Report of the Indian Hemp Drugs Commission, 1894-1895 - Volume VII
Year: 1894
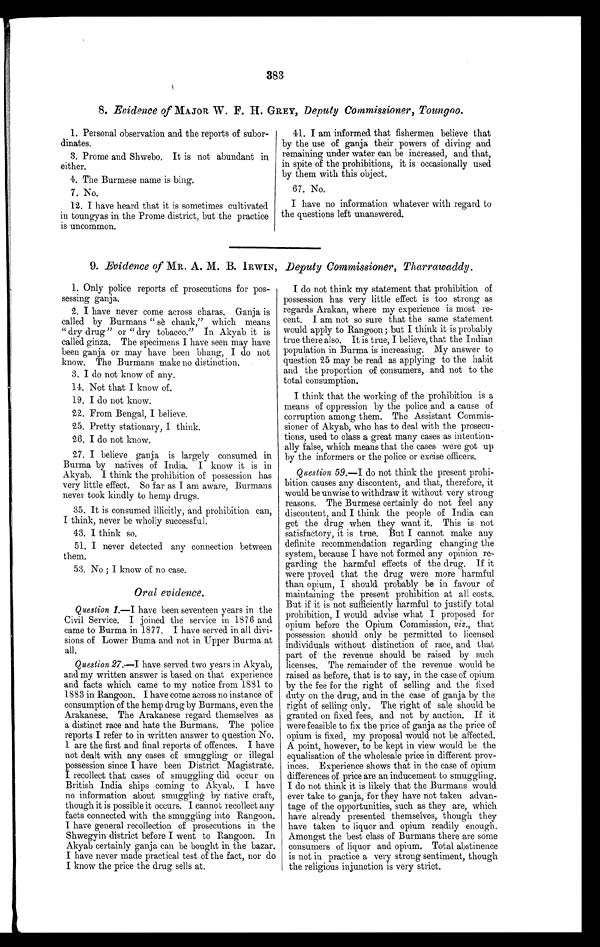
383
8. Evidence of MAJOR W. F. H. GREY, Deputy Commissioner, Toungoo.
1. Personal observation and the reports of subor
dinates.
3. Prome and Shwebo. It is not abundant in
either.
4. The Burmese name is
bing.
7. No.
12. I have heard that it is sometimes cultivated
in toungyas in the Prome district, but the practice
is uncommon.
41. I am informed that fishermen believe that
by the use of ganja their powers of diving and
remaining under water can be increased, and that,
in spite of the prohibitions, it is occasionally used
by them with this object.
67. No.
I have no information whatever with regard to
the questions left unanswered.
9. Evidence of MR. A. M. B. IRWIN, Deput y Commi ssi oner, Tharrawaddy.
1. Only police reports of prosecutions for pos
sessing ganja.
2. I have never come across charas. Ganja is
called by Burmans " sè chauk," which means
" dry drug" or " dry tobacco." In Akyab it is
called ginza. The specimens I have seen may have
been ganja or may have been bhang, I do not
know. The Burmans make no distinction.
3. I do not know of any.
14. Not that I know of.
19. I do not know.
22. From Bengal, I believe.
25. Pretty stationary, I think.
26, I do not know.
27, I believe ganja is largely consumed in
Burma by natives of India. I know it is in
Akyab. I think the prohibition of possession has
very little effect. So far as I am aware, Burmans
never took kindly to hemp drugs.
35. It is consumed illicitly, and prohibition can,
I think, never be wholly successful.
43. I think so.
51. I never detected any connection between
them.
53. No ; I know of no case.
Oral evidence.
Question 1.—I h a v e b e e n s e v e n t e e n y e a r s i n t h e
Civil Service. I joined the service in 1876 and
came to Burma in 1877. I have served in all divi
sions of Lower Buma and not in Upper Burma at
all.
Question 27 .—I have served two years in Akyab,
and my written answer is based on that experience
and facts which came to my notice from 1881 to
1883 in Rangoon. I have come across no instance of
consumption of the hemp drug by Burmans, even the
Arakanese. The Arakanese regard themselves as
a distinct race and hate the Burmans. The police
reports I refer to in written answer to question No.
1 are the first and final reports of offences. I have
not dealt with any cases of smuggling or illegal
possession since I have been District Magistrate.
I recollect that cases of smuggling did occur on
British India ships coming to Akyab. I have
no information about smuggling by native craft,
though it is possible it occurs. I cannot recollect any
facts connected with the smuggling into Rangoon.
I have general recollection of prosecutions in the
Shwegyin district before I went to Rangoon. In
Akyab certainly ganja can be bought in the bazar.
I have never made practical test of the fact, nor do
I know the price the drug sells at.
I do not think my statement that prohibition of
possession has very little effect is too strong as
regards Arakan, where my experience is most re
cent. I am not so sure that the same statement
would apply to Rangoon ; but I think it is probably
true there also. It is true, I believe, that the Indian
population in Burma is increasing. My answer to
question 25 may be read as applying to the habit
and the proportion of consumers, and not to the
total consumption.
I think that the working of the prohibition is a
means of oppression by the police and a cause of
corruption among them. The Assistant Commis
sioner of Akyab, who has to deal with the prosecu
tions, used to class a great many cases as intention
ally false, which means that the cases were got up
by the informers or the police or excise officers.
Question 59.— I do not think the present prohi
bition causes any discontent, and that, therefore, it
would be unwise to withdraw it without very strong
reasons, The Burmese certainly do not feel any
discontent, and I think the people of India can
get the drug when they want it. This is not
satisfactory, it is true. But I cannot make any
definite recommendation regarding changing the
system, because I have not formed any opinion re
garding the harmful effects of the drug. If it
were proved that the drug were more harmful
than opium, I should probably be in favour of
maintaining the present prohibition at all costs.
But if it is not sufficiently harmful to justify total
prohibition, I would advise what I proposed for
opium before the Opium Commission, viz., that
possession should only be permitted to licensed
individuals without distinction of race, and that
part of the revenue should be raised by such
licenses. The remainder of the revenue would be
raised as before, that is to say, in the case of opium
by the fee for the right of selling and the fixed
duty on the drug, and in the case of ganja by the
right of selling only. The right of sale should be
granted on fixed fees, and not by auction. If it
were feasible to fix the price of ganja as the price of
opium is fixed, my proposal would not be affected.
A point, however, to be kept in view would be the
equalisation of the wholesale price in different prov
inces. Experience shows that in the case of opium
differences of price are an inducement to smuggling.
I do not think it is likely that the Burmans would
ever take to ganja, for they have not taken advan
tage of the opportunities, such as they are, which
have already presented themselves, though they
have taken to liquor and opium readily enough.
Amongst the best class of Burmans there are some
consumers of liquor and opium. Total abstinence
is not in practice a very strong sentiment, though
the religious injunction is very strict.